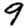
Digit: 9